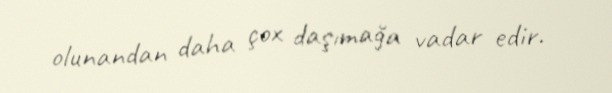
olunandan daha çox daşımağa vadar edir.